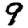
Digit: 9